Indian Medical Review
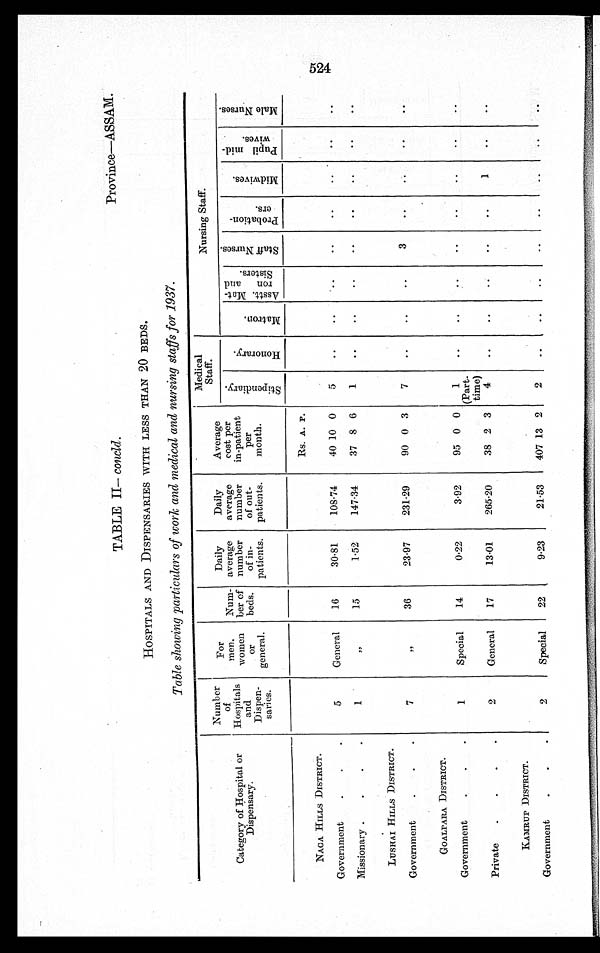
Province—ASSAM.
TABLE II-- concld.
HOSPITALS AND DISPENSARIES WITH LESS THAN 20 BEDS.
Table showing particulars of work and medical and nursing staffs for 1937.
Category of Hospital or
Dispensary.
Number
of
Hospitals
and
Dispen-
sari es.
For
men,
women
or
general.
Num.-
her of
beds.
Daily
average
number
patients.
Daily
e
average
numb
of out-
patients.
Average
cost per
p
er
in-patient
month.
Medical
Staff.
Nursing Staff.
S t i p e n d i a r y .
H o n o r a r y .
M a t r o n .
Asst . Mat - r on and
sisters.
S t a f f N u r s e s .
P r o b a t i o n -
ers.
M i d w i v e s .
p u p i l m i d - w i v e s .
M a l e N u r s e s .
NAGA HILLS DISTRICT.
5
General
16
30.81
108.74
Rs. A. P.
5
..
..
..
. .
..
..
..
. .
Government
40 10 0
Missionary
1
, ,
15
1.52
147.34
37 8 6
1
..
..
..
..
..
..
..
..
LUSHAI HILLS DISTRICT.
7
, ,
36
23.97
231.29
90 0 3
7
..
..
..
3
..
. .
. .
..
Government
GOALPARA DISTRICT.
1
Special
14
0.22
3.92
95 0 0
1
(Part-
time)
..
.. .
..
..
..
..
..
..
Government
Private
2
General
17
13.01
265.20
38 2 3
4
. .
. .
• -
..
1
..
..
KAMRUP DISTRICT.
2
Special
22
9.23
21.53
407 13 2
2
..
..
..
..
..
. .
. .
. .
Government
.
.
.
524